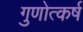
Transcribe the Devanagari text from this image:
गुणोत्कर्ष